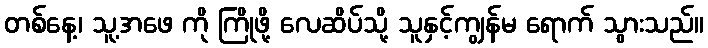
တစ်နေ့၊ သူ့အဖေ ကို ကြိုဖို့ လေဆိပ်သို့ သူနှင့်ကျွန်မ ရောက် သွားသည်။